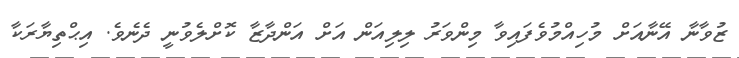
ޒުވާނާ އޭނާއަށް މުހިއްމުވެފައިވާ މިންވަރު ލިލިއަން އަށް އަންދާޒާ ކޮށްލެވުނީ ދެނެވެ. އިޙްތިޔާރަކާ